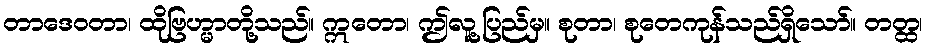
တာဒေဝတာ၊ ထိုဗြဟ္မာတို့သည်။ ဣတော၊ ဤလူ့ပြည်မှ။ စုတာ၊ စုတေကုန်သည်ရှိသော်။ တတ္ထ၊